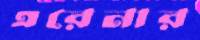
এরেনার